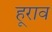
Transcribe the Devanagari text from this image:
हूराव